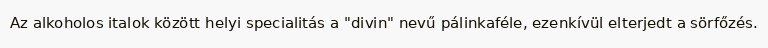
Az alkoholos italok között helyi specialitás a "divin" nevű pálinkaféle, ezenkívül elterjedt a sörfőzés.